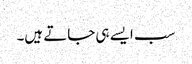
سب ایسے ہی جاتے ہیں۔